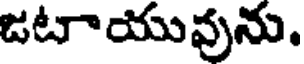
జటాయువును.